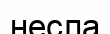
несла